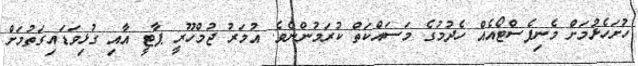
ހުށަހެޅުމަށް މެނިފެސްޓޯއެއް ހެދުމުގެ މަސައްކަތް ކުރަމުންނެވެ. އުމަަރު ޖުމްހޫރީ ޕާޓީ އާއި ގުޅިވަޑައިގަތުމަށް